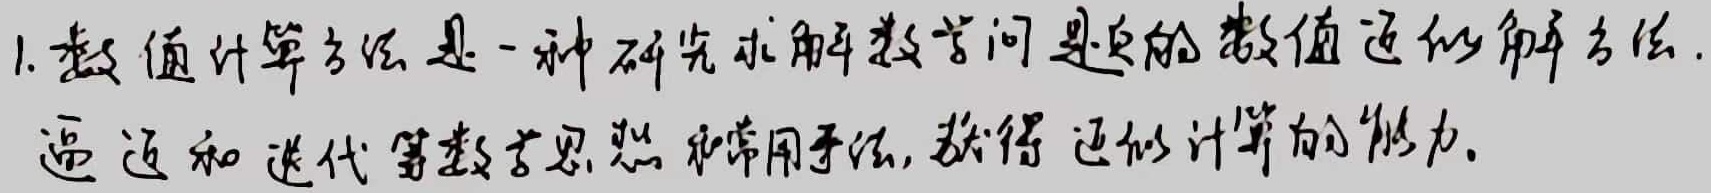
1. 数值计算方法是一种研究求解数学问题的数值近似解方法.
通过和迭代等数学思想和常用手法, 获得近似计算的能力.